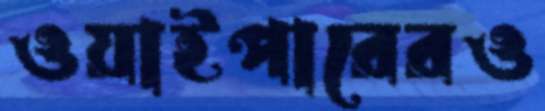
ওয়াইপারেরও